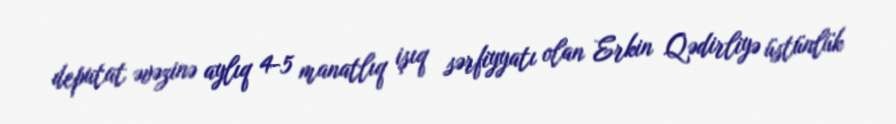
deputat əvəzinə aylıq 4-5 manatlıq işıq sərfiyyatı olan Erkin Qədirliyə üstünlük